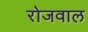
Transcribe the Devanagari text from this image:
रोजवाल